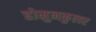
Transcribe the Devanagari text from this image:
होमुनकुलर